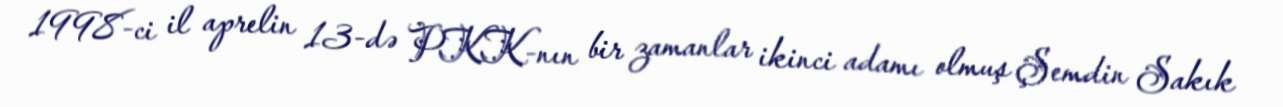
1998-ci il aprelin 13-də PKK-nın bir zamanlar ikinci adamı olmuş Şemdin Sakık